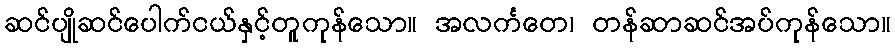
ဆင်ပျိုဆင်ပေါက်ငယ်နှင့်တူကုန်သော။ အလင်္ကတေ၊ တန်ဆာဆင်အပ်ကုန်သော။